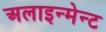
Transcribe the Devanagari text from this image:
अलाइन्मेन्ट